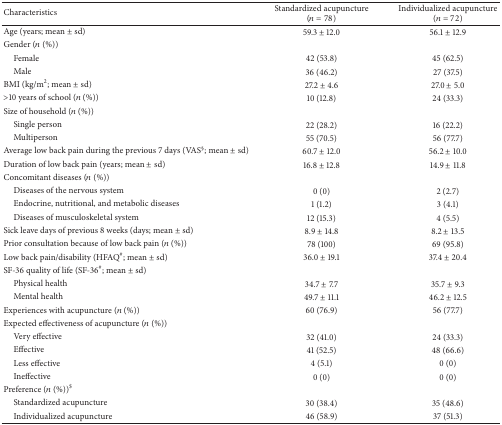
<table><thead><tr><td><b>Characteristics</b></td><td><b>Standardized acupuncture (<i>n</i> = 78)</b></td><td><b>Individualized acupuncture (<i>n</i> = 72)</b></td></tr></thead><tbody><tr><td>Age (years; mean ± sd)</td><td>59.3 ± 12.0</td><td>56.1 ± 12.9</td></tr><tr><td>Gender (<i>n</i> (%))</td><td> </td><td> </td></tr><tr><td> Female</td><td>42 (53.8)</td><td>45 (62.5)</td></tr><tr><td> Male</td><td>36 (46.2)</td><td>27 (37.5)</td></tr><tr><td>BMI (kg/m2; mean ± sd)</td><td>27.2 ± 4.6</td><td>27.0 ± 5.0</td></tr><tr><td>&gt;10 years of school (<i>n</i> (%))</td><td>10 (12.8)</td><td>24 (33.3)</td></tr><tr><td>Size of household (<i>n</i> (%))</td><td> </td><td> </td></tr><tr><td> Single person</td><td>22 (28.2)</td><td>16 (22.2)</td></tr><tr><td> Multiperson</td><td>55 (70.5)</td><td>56 (77.7)</td></tr><tr><td>Average low back pain during the previous 7 days (VAS<sup>§</sup>; mean ± sd)</td><td>60.7 ± 12.0</td><td>56.2 ± 10.0</td></tr><tr><td>Duration of low back pain (years; mean ± sd)</td><td>16.8 ± 12.8</td><td>14.9 ± 11.8</td></tr><tr><td>Concomitant diseases (<i>n</i> (%))</td><td> </td><td> </td></tr><tr><td> Diseases of the nervous system </td><td>0 (0)</td><td>2 (2.7)</td></tr><tr><td> Endocrine, nutritional, and metabolic diseases</td><td>1 (1.2)</td><td>3 (4.1)</td></tr><tr><td> Diseases of musculoskeletal system</td><td>12 (15.3)</td><td>4 (5.5)</td></tr><tr><td>Sick leave days of previous 8 weeks (days; mean ± sd)</td><td>8.9 ± 14.8</td><td>8.2 ± 13.5</td></tr><tr><td>Prior consultation because of low back pain (<i>n</i> (%))</td><td>78 (100)</td><td>69 (95.8)</td></tr><tr><td>Low back pain/disability (HFAQ<sup>#</sup>; mean ± sd)</td><td>36.0 ± 19.1</td><td>37.4 ± 20.4</td></tr><tr><td>SF-36 quality of life (SF-36<sup>#</sup>; mean ± sd)</td><td> </td><td> </td></tr><tr><td> Physical health </td><td>34.7 ± 7.7</td><td>35.7 ± 9.3</td></tr><tr><td> Mental health </td><td>49.7 ± 11.1</td><td>46.2 ± 12.5</td></tr><tr><td>Experiences with acupuncture (<i>n</i> (%))</td><td>60 (76.9)</td><td>56 (77.7)</td></tr><tr><td>Expected effectiveness of acupuncture (<i>n</i> (%))</td><td> </td><td> </td></tr><tr><td> Very effective</td><td>32 (41.0)</td><td>24 (33.3)</td></tr><tr><td> Effective</td><td>41 (52.5)</td><td>48 (66.6)</td></tr><tr><td> Less effective</td><td>4 (5.1)</td><td>0 (0)</td></tr><tr><td> Ineffective</td><td>0 (0)</td><td>0 (0)</td></tr><tr><td>Preference (<i>n</i> (%))<sup>$</sup></td><td> </td><td> </td></tr><tr><td> Standardized acupuncture</td><td>30 (38.4)</td><td>35 (48.6)</td></tr><tr><td> Individualized acupuncture</td><td>46 (58.9)</td><td>37 (51.3)</td></tr></tbody></table>